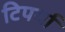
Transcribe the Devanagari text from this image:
टिपर्या